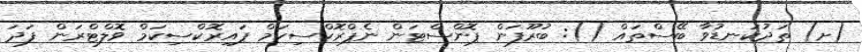
(ށ) ތަދުކަނޑުވާ ބޭސްތައް (): ބުރޫފަން ޕޮންސްޓަން ނެޕްރޮކްސިކަމް ޕައިރޮކްސިކަމް ވޮލްޓްރަން ފަދަ